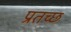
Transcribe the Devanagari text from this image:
प्रतच्छ